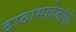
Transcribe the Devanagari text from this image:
दादासाहेबांची